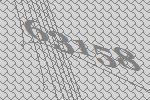
63158